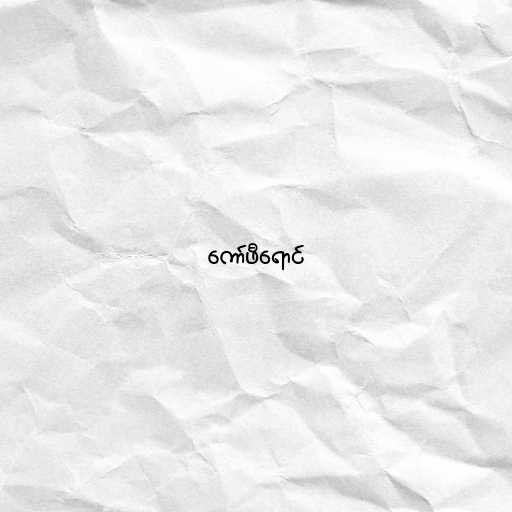
ကော်ဖီရောင်